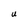
Character: U